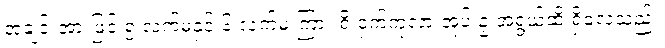
အချင်းအားဖြင့် ၅ လက်မနှင့် ၆ လက်မ ကြား ရှိ ငှက်ကုလားအုပ် ဥ အရွယ်ထိ ရှိလေသည်။